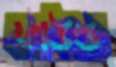
ফাউল্ড